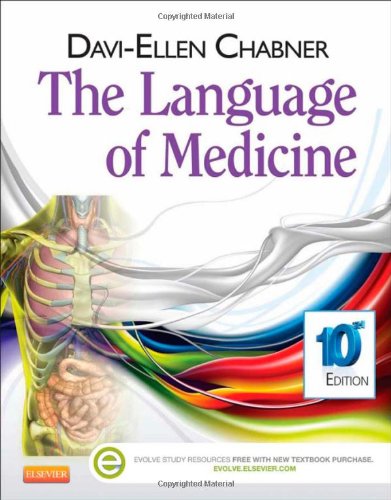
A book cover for The Language of Medicine, 10th Edition; Davi-Ellen Chabner BA  MAT; Medical Books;